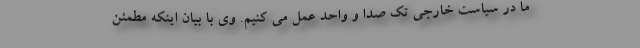
ما در سیاست خارجی تک صدا و واحد عمل می کنیم. وی با بیان اینکه مطمئن